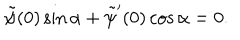
LaTeX: \tilde { \psi } ( 0 ) \sin \alpha + \tilde { \psi } ^ { \prime } ( 0 ) \cos \alpha = 0 .